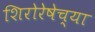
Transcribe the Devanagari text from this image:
शिरोरेषेच्या